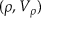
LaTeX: ( \rho , V _ { \rho } )